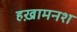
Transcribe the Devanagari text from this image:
हख़ामनश